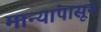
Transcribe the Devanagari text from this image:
मान्यांपासून